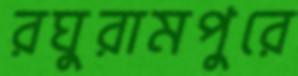
রঘুরামপুরে